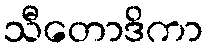
သီတောဒိကာ